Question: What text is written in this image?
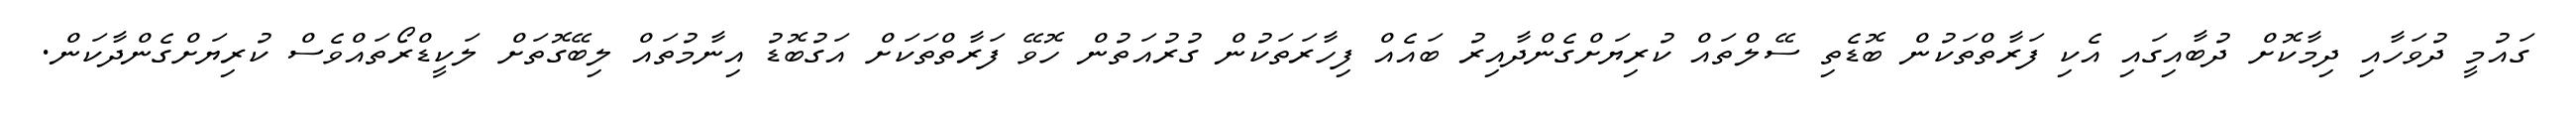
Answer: ގައުމީ ދުވަހާއި ދިމާކޮށް ދުބާއިގައި އެކި ފަރާތްތަކުން ބޮޑެތި ސޭލްތައް ކުރިޔަށްގެންދާއިރު ބައެއް ފިހާރަތަކުން ގުރުއަތުން ހޮވޭ ފަރާތްތަކަށް އަގުބޮޑު އިނާމުތައް ލިބޭގޮތަށް ލަކީޑްރޯތައްވެސް ކުރިޔަށްގެންދާކަން.